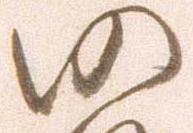
仍